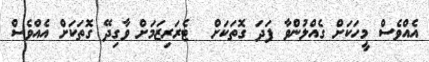
އެއްވެސް މީހަކަށް ގެއްލުންވާ ފަދަ ގޮތަކަށް  ޓެރަރިޒަމަށް ވާގިދޭ ގޮތަކަށް އެއްވެސް